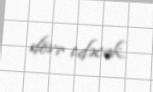
dövr edəcək.